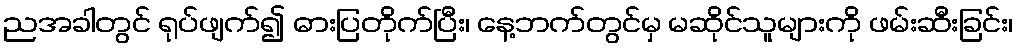
ညအခါတွင် ရုပ်ဖျက်၍ ဓားပြတိုက်ပြီး၊ နေ့ဘက်တွင်မှ မဆိုင်သူများကို ဖမ်းဆီးခြင်း၊